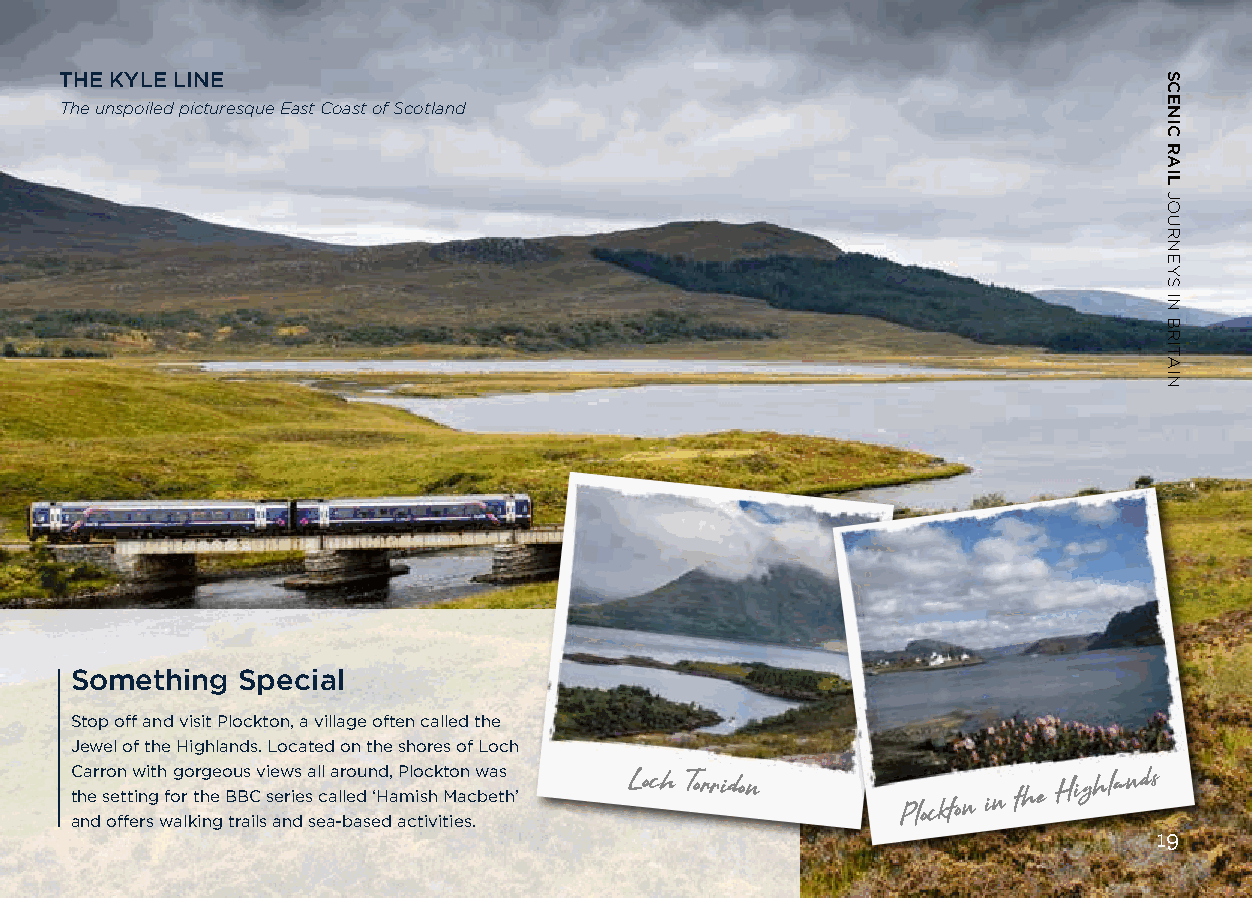
THE KYLE LINE
 The unspoiled picturesque East Coast of Scotland
 Something  Special
 Stop off and visit Plockton, a village often called the
 Jewel of the Highlands. Located on the shores of Loch
 Carron with gorgeous views all around, Plockton was
 t ah ne
 d
 s oe fftt ein rsg
 w
 fo ar
 lk
 t ih ne
 g
 B trB aC
 ils
 s ae nri de s
 s
 ec aa -ll be ad
 s
 e‘H da am ci ts ih
 vi
 tM iea sc .beth’
 Loch Torridon
 Plockton in
 the
 Highlands
 19
 SCENIC
 RAIL
 JOURNEYS
 IN
 BRITAIN
 SCENIC
 RAIL
 JOURNEYS
 IN
 BRITAIN